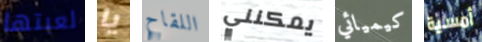
لعبتها يا اللقاح يمكنني كيميائي أمسية